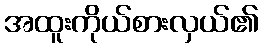
အထူးကိုယ်စားလှယ်၏